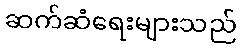
ဆက်ဆံရေးများသည်